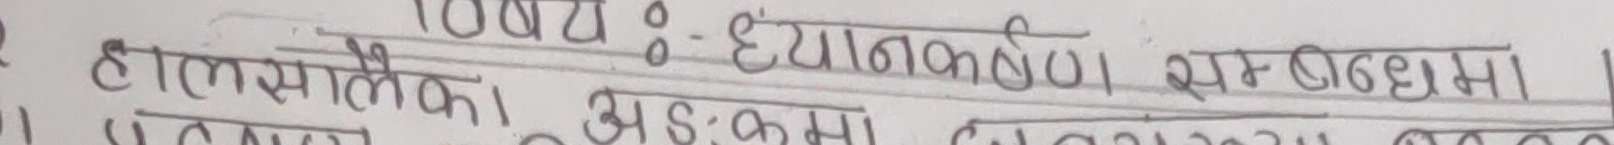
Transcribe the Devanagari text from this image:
विषय : ध्यानकरण सम्वन्धमा।
हालसालैका अभ्यासमा हालमा